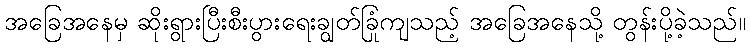
အခြေအနေမှ ဆိုးရွားပြီးစီးပွားရေးချွတ်ခြုံကျသည့် အခြေအနေသို့ တွန်းပို့ခဲ့သည်။